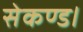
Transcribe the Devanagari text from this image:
सेकण्ड।